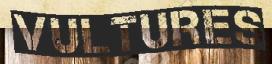
VULTURES